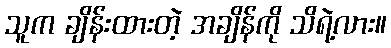
သူက ချိန်းထားတဲ့ အချိန်ကို သိရဲ့လား။